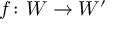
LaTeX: f \colon W \to W ^ { \prime }